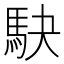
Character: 駃